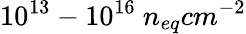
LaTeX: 10^{13}-10^{16}~n_{eq}cm^{-2}